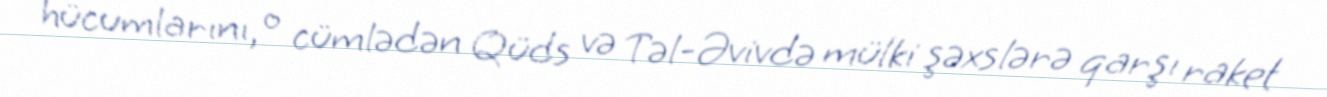
hücumlarını, o cümlədən Qüds və Təl-Əvivdə mülki şəxslərə qarşı raket